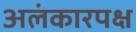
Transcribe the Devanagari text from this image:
अलंकारपक्ष